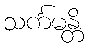
သင်္ကမန္တိ